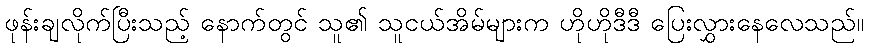
ဖုန်းချလိုက်ပြီးသည့် နောက်တွင် သူ၏ သူငယ်အိမ်များက ဟိုဟိုဒီဒီ ပြေးလွှားနေလေသည်။